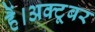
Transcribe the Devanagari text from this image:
हैं।अक्टूबर